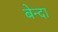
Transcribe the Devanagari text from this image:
बेन्दा